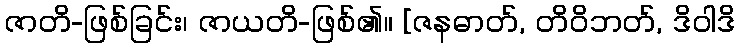
ဇာတိ-ဖြစ်ခြင်း၊ ဇာယတိ-ဖြစ်၏။ [ဇနဓာတ်, တိဝိဘတ်, ဒိဝါဒိ